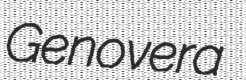
Genovera